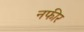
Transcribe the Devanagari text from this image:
नफीर